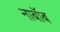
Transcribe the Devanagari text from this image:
नाबॉब